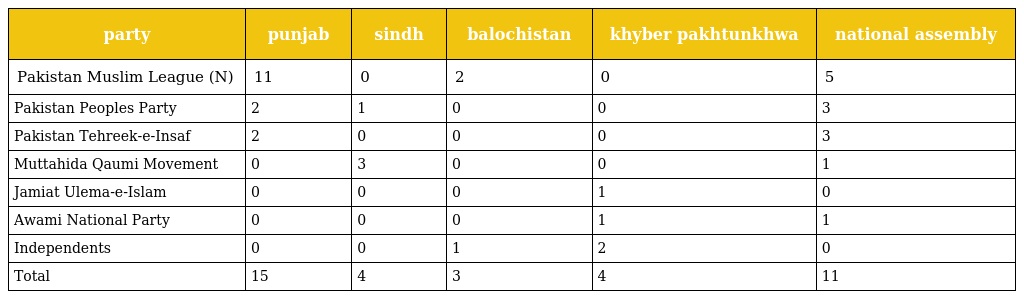
| party | punjab | sindh | balochistan | khyber pakhtunkhwa | national assembly |
 | --- | --- | --- | --- | --- | --- |
 | Pakistan Muslim League (N) | 11 | 0 | 2 | 0 | 5 |
 | Pakistan Peoples Party | 2 | 1 | 0 | 0 | 3 |
 | Pakistan Tehreek-e-Insaf | 2 | 0 | 0 | 0 | 3 |
 | Muttahida Qaumi Movement | 0 | 3 | 0 | 0 | 1 |
 | Jamiat Ulema-e-Islam | 0 | 0 | 0 | 1 | 0 |
 | Awami National Party | 0 | 0 | 0 | 1 | 1 |
 | Independents | 0 | 0 | 1 | 2 | 0 |
 | Total | 15 | 4 | 3 | 4 | 11 |